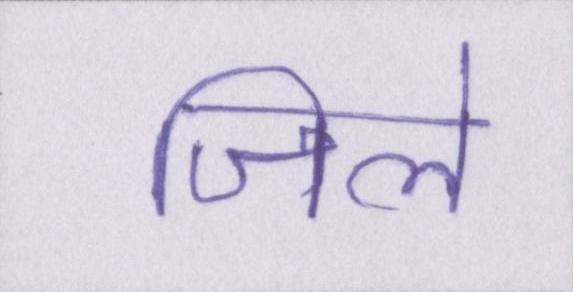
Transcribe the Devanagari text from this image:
जिले